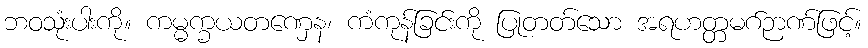
ဘဝသုံးပါးကို။ ကမ္မက္ခယတဏှေန၊ ကံကုန်ခြင်းကို ပြုတတ်သော အရဟတ္တမဂ်ဉာဏ်ဖြင့်။